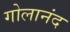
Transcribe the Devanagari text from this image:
गोलानंद